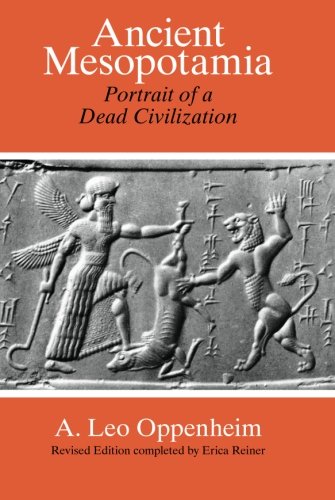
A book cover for Ancient Mesopotamia: Portrait of a Dead Civilization; A. Leo Oppenheim; History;